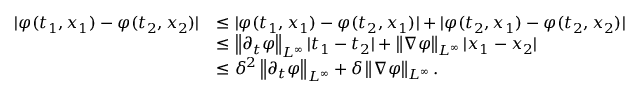
\begin{array} { r l } { | \varphi ( t _ { 1 } , x _ { 1 } ) - \varphi ( t _ { 2 } , x _ { 2 } ) | } & { \le | \varphi ( t _ { 1 } , x _ { 1 } ) - \varphi ( t _ { 2 } , x _ { 1 } ) | + | \varphi ( t _ { 2 } , x _ { 1 } ) - \varphi ( t _ { 2 } , x _ { 2 } ) | } \\ & { \le \left\lVert \partial _ { t } \varphi \right\rVert _ { L ^ { \infty } } | t _ { 1 } - t _ { 2 } | + \left\lVert \nabla \varphi \right\rVert _ { L ^ { \infty } } | x _ { 1 } - x _ { 2 } | } \\ & { \le \delta ^ { 2 } \left\lVert \partial _ { t } \varphi \right\rVert _ { L ^ { \infty } } + \delta \left\lVert \nabla \varphi \right\rVert _ { L ^ { \infty } } . } \end{array}